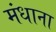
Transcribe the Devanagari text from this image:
मंधाना